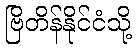
ဗြိတိန်နိုင်ငံသို့